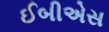
ઈબીએસ